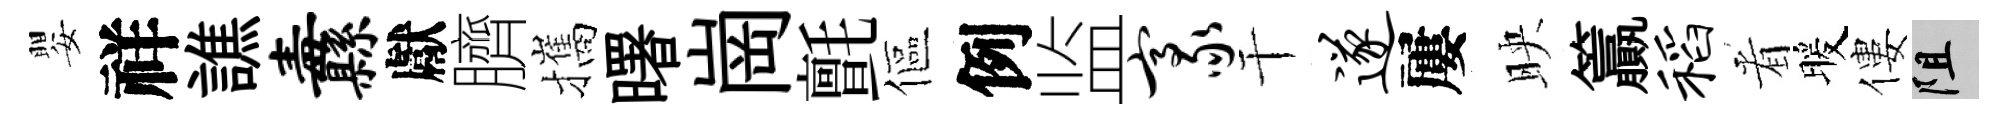
嬰祥譙纛獻臍攜曙崗氈傴例监豪干遂屢映籯稻㸔暖僂阻